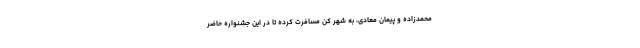
محمدزاده و پیمان معادی، به شهر کن مسافرت کرده تا در این جشنواره حاضر